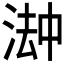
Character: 𬈅